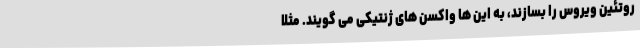
روتئین ویروس را بسازند، به این ها واکسن های ژنتیکی می گویند. مثلا